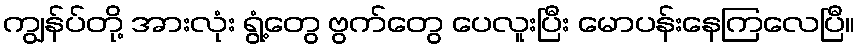
ကျွန်ပ်တို့ အားလုံး ရွံ့တွေ ဗွက်တွေ ပေလူးပြီး မောပန်းနေကြလေပြီ။